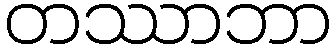
တဿာဘာ